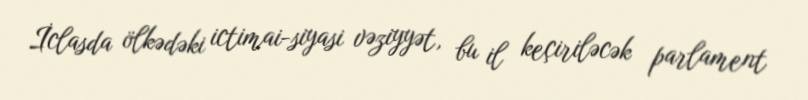
İclasda ölkədəki ictimai-siyasi vəziyyət, bu il keçiriləcək parlament